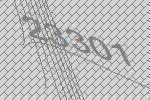
23301